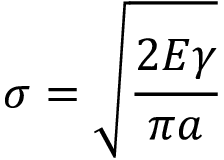
\sigma = { \sqrt { \cfrac { 2 E \gamma } { \pi a } } }